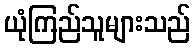
ယုံကြည်သူများသည်